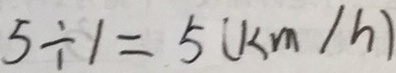
5 \div 1 = 5 ( k m / h )